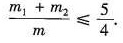
$$\frac { m _ { 1 } + m _ { 2 } } { m } ≤ \frac { 5 } { 4 }$$.